system: You are a helpful assistant.
user:
Analyze the provided spectrum to determine if it is a **S-type Star**.

- **Key Indicators for S-type Star:**

    - **(Overall Spectrum Shape):** The first and most obvious characteristic is the overall continuum (the "baseline" shape). It is **extremely "red-sloping,"** meaning the flux (light intensity) is very low on the left side (blue, ~4000-4500 Å) and rises steeply and continuously toward the right side (red, ~7000 Å+).

    - **(Primary):** The spectrum is defined by the presence of strong, broad molecular absorption "valleys" (bands) from **Zirconium Oxide (ZrO)**. The identification of these bands is the **primary requirement** for classifying a star as S-type.
        - **(Key Bandheads):** You must find distinct, deep "dips" where the light has been absorbed. The most critical band systems to locate are:
            - **~6474 Å** ($\gamma$-system): This is often the strongest and clearest ZrO feature, found in the red part of the spectrum.
            - **~5718 Å** & **~5551 Å** ($\beta$-system): A pair of prominent absorption features in the yellow-orange part of the spectrum.
            - **~4640 Å** ($\alpha$-system): A key absorption band system in the blue-green region of the spectrum.

    - **(Secondary Confirmation):** The classification is strengthened by finding additional absorption bands from other related heavy element oxides, which are expected to be present alongside ZrO.
        - **(Key Bandheads):**
            - **Yttrium Oxide (YO):** Look for absorption dips near **~4800 Å** and **~6100 Å**.
            - **Lanthanum Oxide (LaO):** Additional absorption features, particularly in the red-orange part of the spectrum, are also characteristic.

    - **(Line Profile):** The combination of the steep red continuum and these numerous, deep molecular bands (ZrO, YO, etc.) gives the entire spectrum a very **"chopped-up"** or **"bumpy"** appearance. Instead of a smooth curve, the spectrum looks as though large, wide chunks of light have been "carved out" of it at the specific wavelengths listed above.

Think first, call **spectral_visualization_tool** if needed to examine features in detail, then provide your final answer. Your response must adhere to the following strict rules:
1.  **Overall Structure:** Your response must follow the format `<think>...</think> <tool_call>...</tool_call> (if a tool is used) <answer>...</answer>`.
2.  **Tool Usage Constraint:** You may only make **one** tool call per turn.
3.  **Final Answer Format:** In the `<answer>` tag, your conclusion must be inside a `\boxed{}` command (e.g., `\boxed{YES}` or `\boxed{NO}`), followed by your justification.

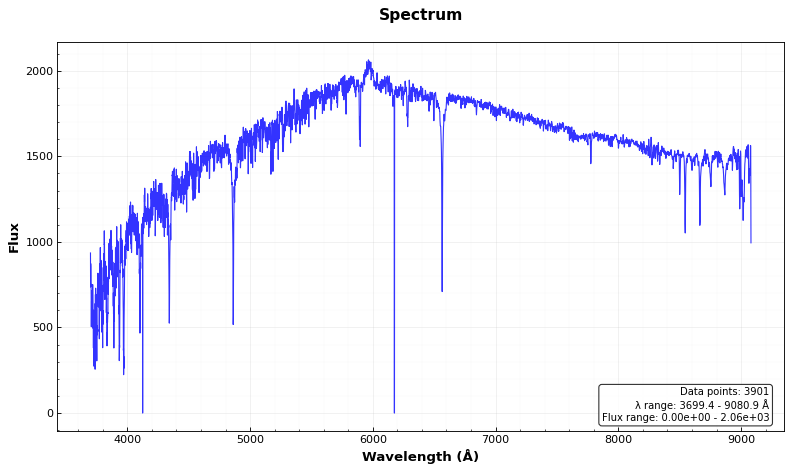
Answer: NO